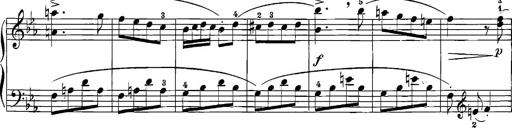
Title: 12 Sonatinas
Composer: Ignaz Pleyel